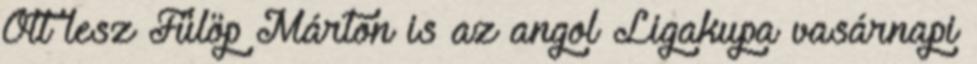
Ott lesz Fülöp Márton is az angol Ligakupa vasárnapi